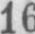
16